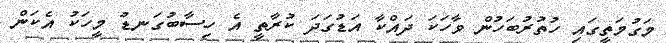
މަގުމަތީގައި ހުތުރުބަހުން ވާހަކަ ދައްކާ އަޑުގަދަ ކުރާތީ އެ ހިސާބުގަނޑު މީހަކު އެކަން